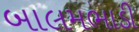
બાલમભાડી